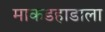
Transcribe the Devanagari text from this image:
माकडहाडाला